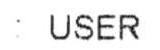
: USER